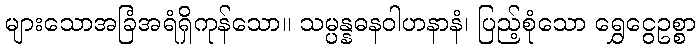
များသောအခြံအရံရှိကုန်သော။ သမ္ပန္နဓနဝါဟနာနံ၊ ပြည့်စုံသော ရွှေငွေဥစ္စာ